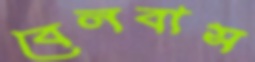
বেলবাস